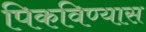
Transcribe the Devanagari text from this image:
पिकविण्यास